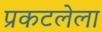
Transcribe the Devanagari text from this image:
प्रकटलेला